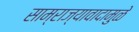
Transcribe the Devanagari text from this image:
साम्राज्यावादामुळे